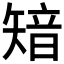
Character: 𥏮